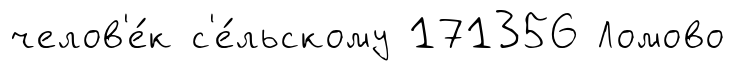
челов'е́к с'е́льскому 171356 Ломово